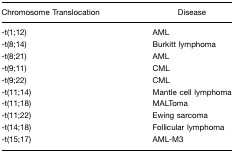
<table><thead><tr><td><b>Chromosome Translocation</b></td><td><b>Disease</b></td></tr></thead><tbody><tr><td>-t(1;12)</td><td>AML</td></tr><tr><td>-t(8;14)</td><td>Burkitt lymphoma</td></tr><tr><td>-t(8;21)</td><td>AML</td></tr><tr><td>-t(9;11)</td><td>CML</td></tr><tr><td>-t(9;22)</td><td>CML</td></tr><tr><td>-t(11;14)</td><td>Mantle cell lymphoma</td></tr><tr><td>-t(11;18)</td><td>MALToma</td></tr><tr><td>-t(11;22)</td><td>Ewing sarcoma</td></tr><tr><td>-t(14;18)</td><td>Follicular lymphoma</td></tr><tr><td>-t(15;17)</td><td>AML-M3</td></tr></tbody></table>